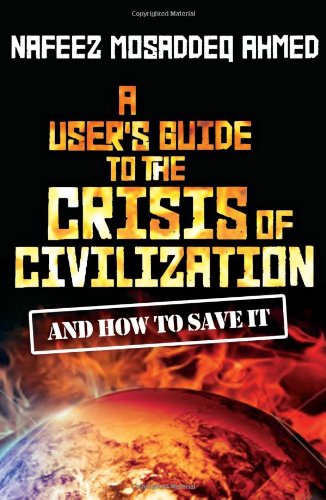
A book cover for A User's Guide to the Crisis of Civilization: And How to Save It; Nafeez Mosaddeq Ahmed; Business & Money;